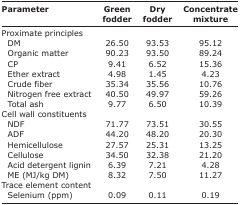
| Parameter | Green fodder | Dry fodder | Concentrate mixture |
 | --- | --- | --- | --- |
 | Proximate principles |  |  |  |
 | DM | 26.50 | 93.53 | 95.12 |
 | Organic matter | 90.23 | 93.50 | 89.24 |
 | CP | 9.41 | 6.52 | 15.36 |
 | Ether extract | 4.98 | 1.45 | 4.23 |
 | Crude fiber | 35.34 | 35.56 | 10.76 |
 | Nitrogen free extract | 40.50 | 49.97 | 59.26 |
 | Total ash | 9.77 | 6.50 | 10.39 |
 | Cell wall constituents |  |  |  |
 | NDF | 71.77 | 73.51 | 30.55 |
 | ADF | 44.20 | 48.20 | 20.30 |
 | Hemicellulose | 27.57 | 25.31 | 13.25 |
 | Cellulose | 34.50 | 32.38 | 21.20 |
 | Acid detergent lignin | 6.39 | 7.21 | 4.28 |
 | ME (MJ/kg DM) | 8.32 | 7.50 | 11.27 |
 | Trace element content |  |  |  |
 | Selenium (ppm) | 0.09 | 0.11 | 0.19 |